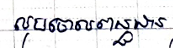
លុបចោលពន្ធដារ